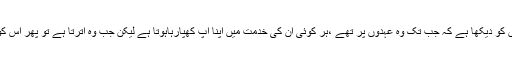
میں نے بڑے بڑے لوگوں کو دیکھا ہے کہ جب تک وہ عہدوں پر تھے ،ہر کوئی ان کی خدمت میں اپنا آپ کھپارہاہوتا ہے لیکن جب وہ اترتا ہے تو پھر اس کو کوئی پوچھتا بھی نہیں ۔